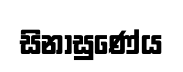
සිනාසුණේය